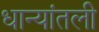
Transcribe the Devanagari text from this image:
धान्यांतली